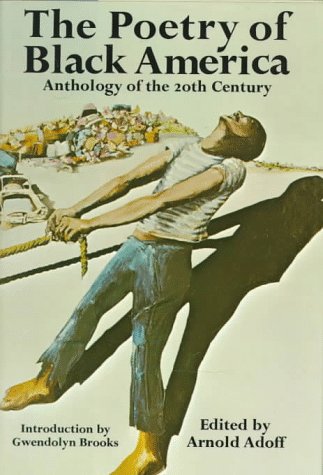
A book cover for The Poetry of Black America: Anthology of the 20th Century; Arnold Adoff; Teen & Young Adult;